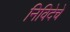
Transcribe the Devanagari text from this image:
निविदेचे